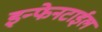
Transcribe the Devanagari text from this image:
इन्फेनटाईल